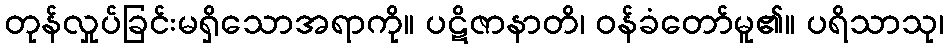
တုန်လှုပ်ခြင်းမရှိသောအရာကို။ ပဋိဇာနာတိ၊ ဝန်ခံတော်မူ၏။ ပရိသာသု၊